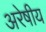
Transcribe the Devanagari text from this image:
अरेषीय